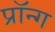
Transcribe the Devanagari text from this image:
प्रॉन्ग